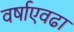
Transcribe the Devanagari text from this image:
वर्षाएवढा